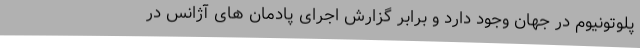
پلوتونیوم در جهان وجود دارد و برابر گزارش اجرای پادمان های آژانس در